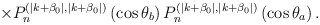
\begin{align*}\times P_n^{(\mid k+\beta _0\mid ,\mid k+\beta _0\mid) }\left(\cos \theta _b\right) P_n^{(\mid k+\beta _0\mid ,\mid k+\beta _0\mid) }\left(\cos \theta _a\right) .\end{align*}